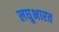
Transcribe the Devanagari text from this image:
लघुभारत